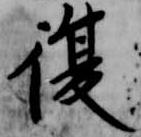
復